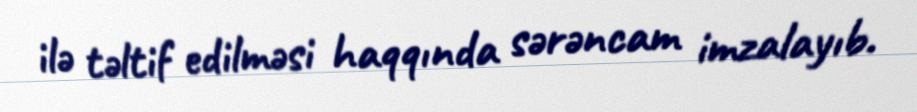
ilə təltif edilməsi haqqında sərəncam imzalayıb.